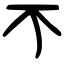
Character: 𣎴